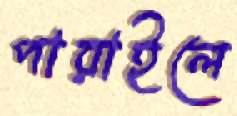
পারাইলে